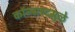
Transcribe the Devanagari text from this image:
कॉन्ट्रास्टमुळे